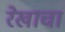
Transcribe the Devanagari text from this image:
रेखाचा